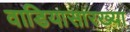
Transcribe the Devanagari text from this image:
वाडियासारख्या